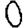
Digit: 0